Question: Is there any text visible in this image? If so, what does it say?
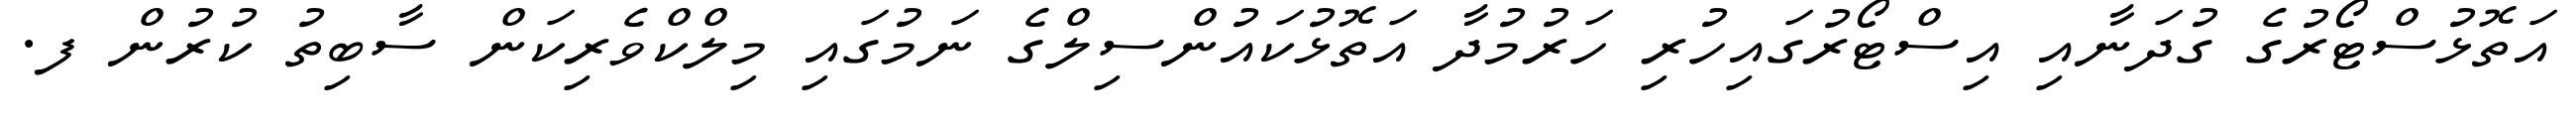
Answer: އަތޮޅުސްޓޯރުގެ ގުދަނާއި އިސްޓޯރުގައިހުރި ހަރުމުދާ އަތޮޅުކައުންސިލްގެ ނަމުގައި މިލްކްވެރިކަން ސާބިތު ކުރުން ފ.